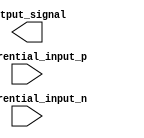
module ECL_buffer (

    input       differential_input_p,
    input       differential_input_n,
    output      output_signal
);

wire        bias_voltage;
wire        protected_input_p;
wire        protected_input_n;

// Differential input stage
assign      protected_input_p = differential_input_p & ~overvoltage_protection;
assign      protected_input_n = differential_input_n & ~overvoltage_protection;

// Biasing circuitry
assign      bias_voltage = biasing_circuit;

// Output stage
assign      output_signal = output_stage;

// Protection circuitry
assign      overvoltage_protection = (differential_input_p > MAX_INPUT_VOLTAGE) | (differential_input_n < -MAX_INPUT_VOLTAGE);

endmodule